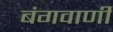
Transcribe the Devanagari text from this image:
बंगवाणी